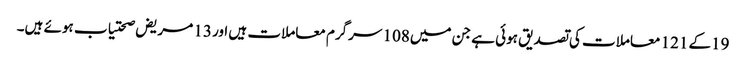
19کے 121 معاملات کی تصدیق ہوئی ہے جن میں108 سرگرم معاملات ہیں اور 13 مریض صحتیاب ہوئے ہیں۔